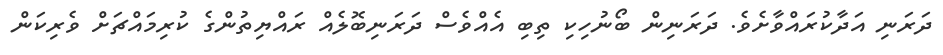
ދަރަނި އަދާކުރައްވާށެވެ. ދަރަނިން ބޯނުހިކި ތިބި އެއްވެސް ދަރަނިބޮލެއް ރައްޔިތުންގެ ކުރިމައްޗަށް ވެރިކަން